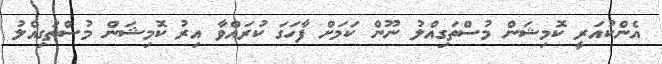
އެންކުއަރީ ކޮމިޝަން މުސްތަގިއްލު ނޫން ކަމަށް ފާހަގަ ކުރައްވާ އިރު ކޮމިޝަން މުސްތަގިއްލު